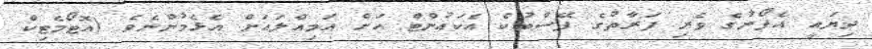
ދިޔައީ އެފޯނުގެ ވެރި ފަރާތުގެ ފޭސްބުކް އެކައުންޓް އަށް އަމިއްލައަށް އެޅެމުންނެވެ (އޮޓޯމެޓިކް